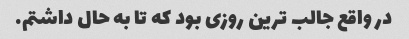
در واقع جالب ترین روزی بود که تا به حال داشتم.